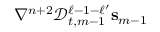
\nabla ^ { n + 2 } \mathscr { D } _ { t , m - 1 } ^ { \ell - 1 - \ell ^ { \prime } } \mathbf { s } _ { m - 1 }